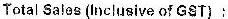
TOTAL SALES(INCLUSIVE OF GST) :